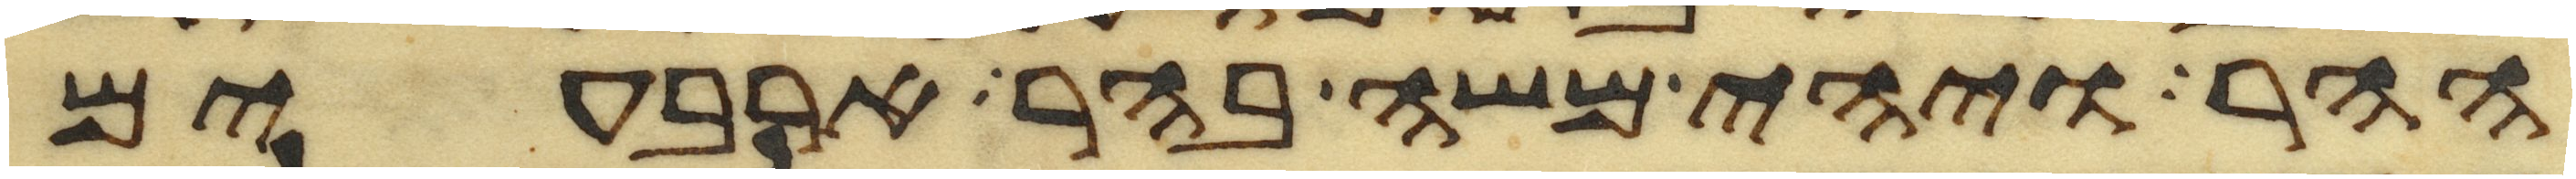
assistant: ההר ויהי משה בהר ארבעים